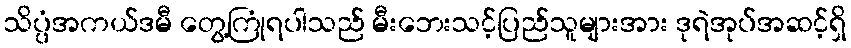
သိပ္ပံအကယ်ဒမီ တွေ့ကြုံရပါသည် မီးဘေးသင့်ပြည်သူများအား ဒုရဲအုပ်အဆင့်ရှိ